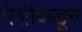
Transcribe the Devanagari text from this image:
पेशींकडून